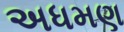
અધમણ